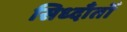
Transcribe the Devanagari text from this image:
सिध्दाँतोँ